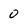
Character: 0